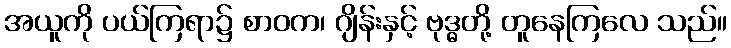
အယူကို ပယ်ကြရာ၌ စာဝက၊ ဂျိန်းနှင့် ဗုဒ္ဓတို့ တူနေကြလေ သည်။